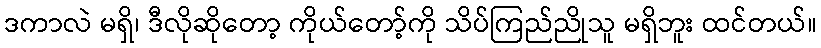
ဒကာလဲ မရှိ၊ ဒီလိုဆိုတော့ ကိုယ်တော့်ကို သိပ်ကြည်ညိုသူ မရှိဘူး ထင်တယ်။